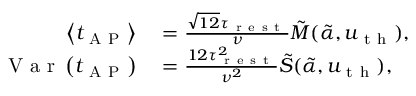
\begin{array} { r l } { \left\langle t _ { \mathrm { ~ A ~ P ~ } } \right\rangle } & { { } = \frac { \sqrt { 1 2 } \tau _ { \mathrm { ~ r ~ e ~ s ~ t ~ } } } { \nu } \tilde { M } ( \tilde { \alpha } , u _ { \mathrm { ~ t ~ h ~ } } ) , } \\ { \mathrm { ~ V ~ a ~ r ~ } \left( t _ { \mathrm { ~ A ~ P ~ } } \right) } & { { } = \frac { 1 2 \tau _ { \mathrm { ~ r ~ e ~ s ~ t ~ } } ^ { 2 } } { \nu ^ { 2 } } \tilde { S } ( \tilde { \alpha } , u _ { \mathrm { ~ t ~ h ~ } } ) , } \end{array}